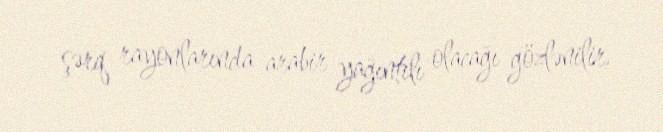
şərq rayonlarında arabir yağıntılı olacağı gözlənilir.